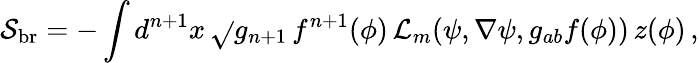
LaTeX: \mathcal{S}_{\mathrm{{br}}}=-\int{d^{n+1}x\, \sqrt{}{{g_{n+1}\, f^{n+1}(\phi)}}\, {\mathcal{{L}}}_{m}(\psi,\nabla\psi,g_{ab}f(\phi))}\, z(\phi)\, ,